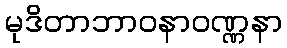
မုဒိတာဘာဝနာဝဏ္ဏနာ